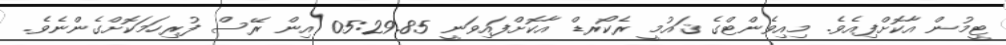
ޓީމުން އާކޮށްފިއެވެ. މިއިވެންޓްގެ ޤައުމީ ރެކޯރޑް އާކޮށްފައިވަނީ 05:29.85 އިން ރޭސް ފުރިހަމަކޮށްގެންނެވެ.